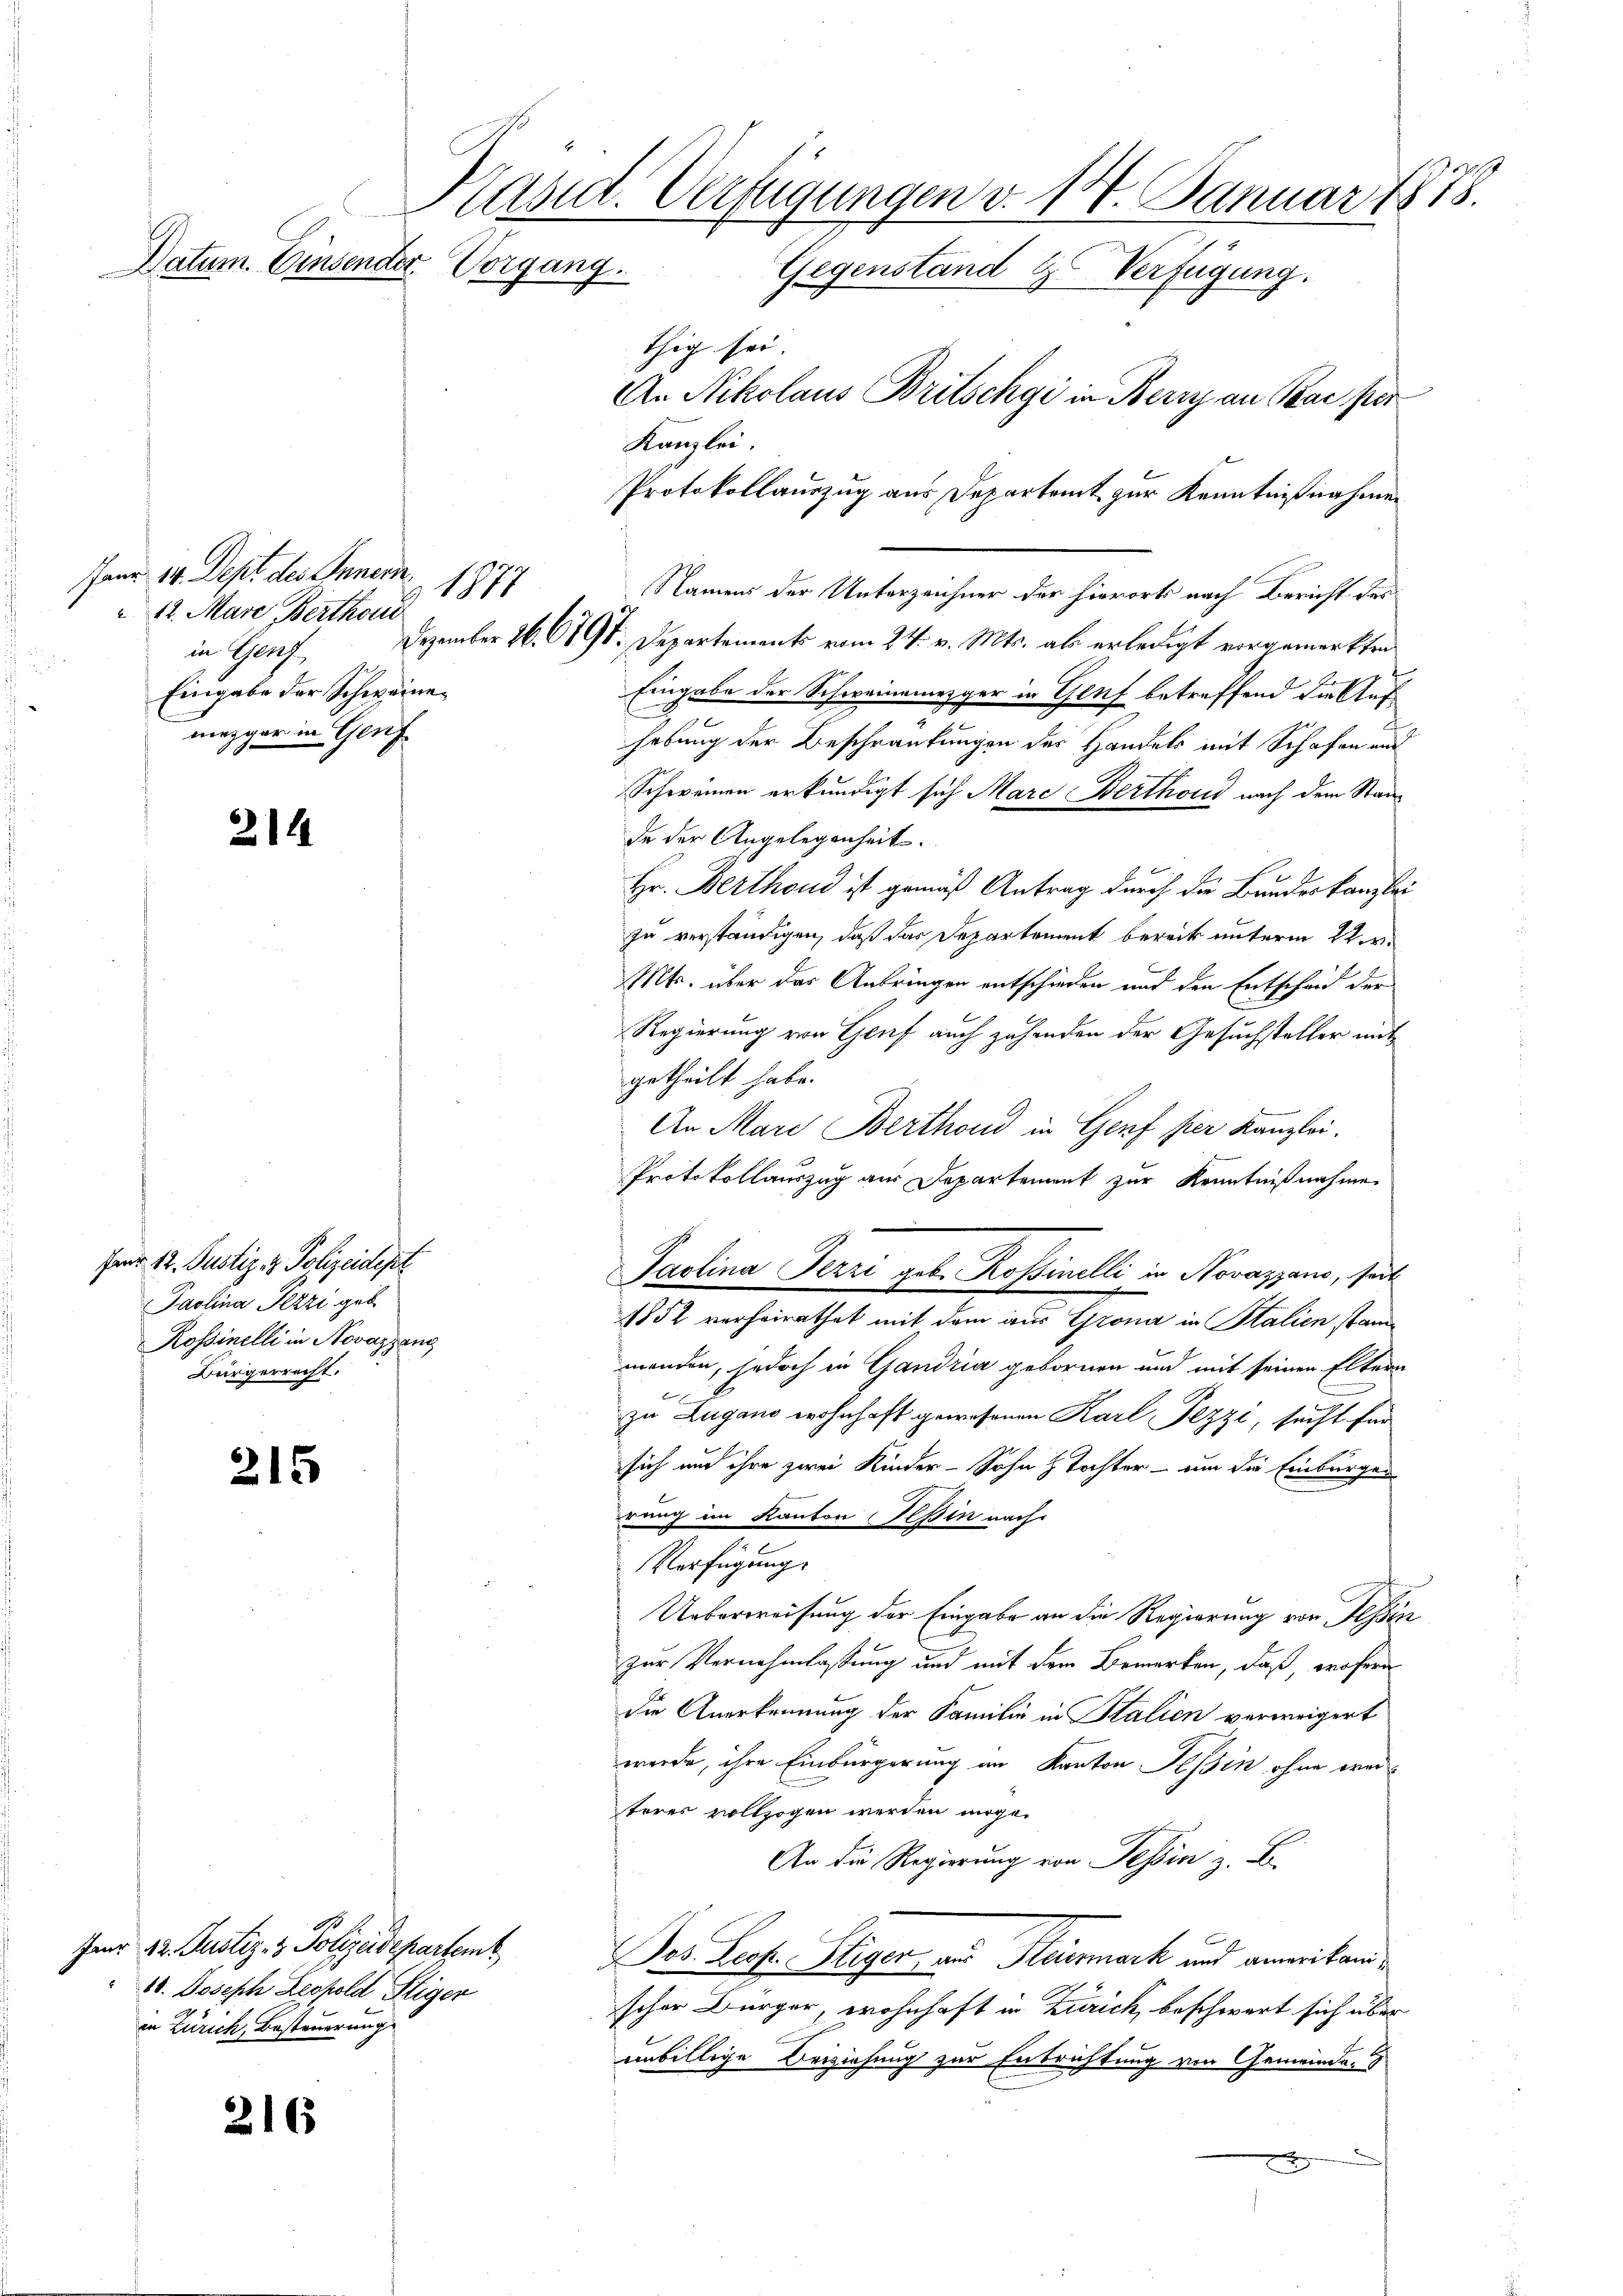
Kasid. Verfügungen v. 14. Januar 1878.
Datum. Einsender Vorgang.
Gegenständ 4 Verfügung.
thig sei.
An Nikolaus Britschgi in Berry an Bac per
Kanzlei.

anr 14. Dept des Innern
12. März, Berthoris
in Gen
Eingabe der Schweinemezger in Genf

214

fand 12. Justiz- & Polizeidept
Paolina Pezzi geb.
Rossinelli in Novazzang
Bürgerrecht.

215

Fer 22. Justiz- & Polizeidepartemb
10. Joseph Leopold Stiger
in Zürich, Besteuerung

216

1877

Protokollauszug aus Departeit zur Kenntnißnahmen
Namens der Unterzeichner der hierorts nach Bericht des
Dezember 26. 619. Departement vom 24. v. Mts. ab erledigt vorgemerkten
Eingabe der Schweinemezger in Genf betreffend die Auf¬
.
hebung der Beschränkungen der Handels mit Schafen und
Schweinen erkundigt sich Mare Berthoud nach dem Staade der Angelegenheit.
Hr. Berthoud ist gemäß Antrag durch die Bundeskanzlei
zu verständigen, daß das Departement bereits unterm 2ten
Mts. über das Anbringen entschieden und den Entscheid der
Regierung von Genf auch zehenden der Gesuchsteller mit
getheilt habe.
An Mare Berthond in Genf hier Kanzlei.
Protokollauszug aus Departement zur Kenntnißnahme
Paolina Terri geb. Rossinelli in Novazzano, seit
1852 verheirathet mit dem aus Grona in Stalien stam
menden, jedoch in Gandria gebornen und mit seinen Eltern
b
zu Zugano wohnhaft gewesenen Karl Fezzi, sucht für
sich und ihre zwei Kinder-Sohn z Tochter - um die Einbürger
rung im Kanton Tessin nach
Verfügung.
Ueberweisung der Eingabe an die Regierung von Tessin
zur Vernehmlassung und mit dem Bemerken, daß, wofern
die Anerkennung der Familie in Italien verweigert
werde, ihre Einbürgerung im Kanton Tessin ohne ereiteres vollzogen werden möge.
An die Regierung von Tessin z. B.
Des Bestr. Stiger aus Hausmark und anweiland
scher Bürger, wohnhaft in Zürich, beschwert sich über
unbillige Beiziehung zur Entrichtung von Gemeinde-